Lunatic asylums Punjab 1868-1880 - 1868-1880
Year: 1868
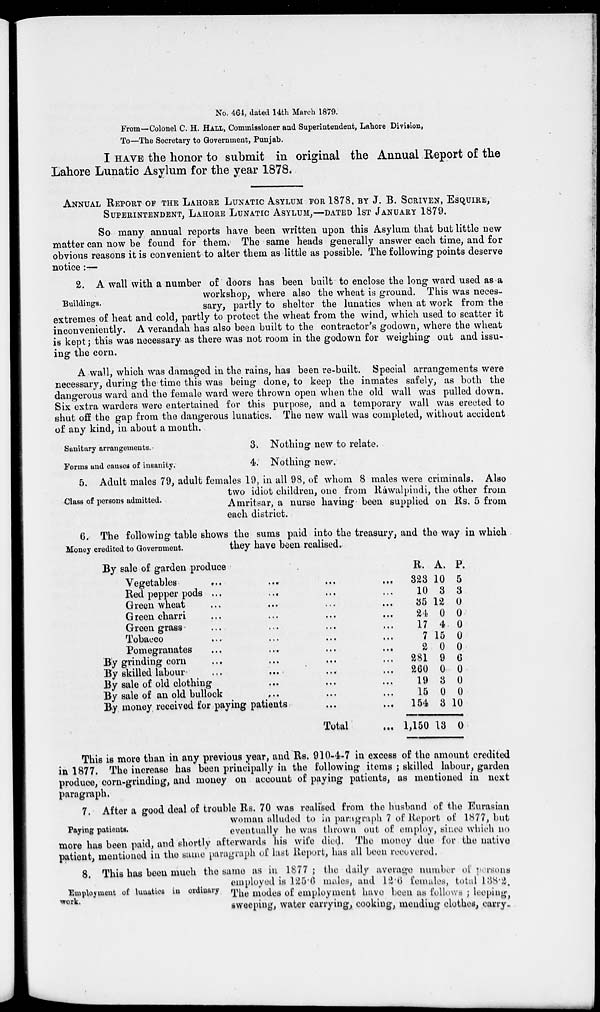
No. 464, dated 14th March 1879.
From—Colonel C. H. HALL, Commissioner and Superintendent, Lahore Division,
To—The Secretary to Government, Punjab.
I HAVE the honor to submit in original the Annual Report of the
Lahore Lunatic Asylum for the year 1878.
ANNUAL REPORT OF THE LAHORE LUNATIC ASYLUM FOR 1878, BY J. B. SCRIVEN, ESQUIRE,
SUPERINTENDENT, LAHORE LUNATIC ASYLUM, —DATED 1ST JANUARY 1879.
So many annual reports have been written upon this Asylum that but little new
matter can now be found for them. The same heads generally answer each time, and for
obvious reasons it is convenient to alter them as little as possible. The following points deserve
notice :—
Buildings.
2. A wall with a number of doors has been built to enclose the long ward used as a
workshop, where also the wheat is ground. This was neces-
sary, partly to shelter the lunatics when at work from the
extremes of heat and cold, partly to protect the wheat from the wind, which used to scatter it
inconveniently. A verandah has also been built to the contractor's godown, where the wheat
is kept; this was necessary as there was not room in the godown for weighing out and issu-
ing the corn.
A wall, which was damaged in the rains, has been re-built. Special arrangements were
necessary, during the time this was being done, to keep the inmates safely, as both the
dangerous ward and the female ward were thrown open when the old wall was pulled down.
Six extra warders were entertained for this purpose, and a temporary wall was erected to
shut off the gap from the dangerous lunatics. The new wall was completed, without accident
of any kind, in about a month.
Sanitary arrangements.
3. Nothing new to relate.
Forms and causes of insanity.
4. Nothing new.
Class of persons admitted.
5. Adult males 79, adult females 19, in all 98, of whom 8 males were criminals. Also
two idiot children, one from Ráwalpindi, the other from
Amritsar, a nurse having been supplied on Rs. 5 from
each district.
Money credited to Government.
6. The following table shows the sums paid into the treasury, and the way in which
they have been realised.
By sale of garden produce
Vegetables
...
...
...
...
Bed pepper pods ...
... ... ...
Green wheat
...
...
...
...
Green charri ...
...
...
...
Green grass
...
...
...
...
Tobacco
...
...
...
...
Pomegranates
...
...
...
...
By grinding corn
...
...
...
By skilled labour ... ... ... ...
By sale of old clothing
...
...
...
By sale of an old bullook
... ... ...
By money received for paying patients
...
...
Total ...
R.
323
10
35
24
17
7
2
281
260
19
15
154
1,150
A.
10
3
12
0
4
15
0
9
0
3
0
3
13
P.
5
3
0
0
0
0
0
6
0
0
0
10
0
This is more than in any previous year, and Rs. 910-4-7 in excess of the amount credited
in 1877. The increase has been principally in the following items ; skilled labour, garden
produce, corn-grinding, and money on account of paying patients, as mentioned in next
paragraph.
Paying patients.
7. After a good deal of trouble Rs. 70 was realised from the husband of the Eurasian
woman alluded to in paragraph 7 of Report of 1877, but
eventually he was thrown out of employ, since which no
more has been paid, and shortly afterwards his wife died. The money due for the native
patient, mentioned in the same paragraph of last Report, has all been recovered.
Employment of lunatics in ordinary
work.
8. This has been much the same as in 1877 ; the daily average number of persons
employed is 125.6 males, and 12.6 females, total 138.2.
The modes of employment have been as follows ; leeping,
sweeping, water carryings, cooking, mending clothes, carry-